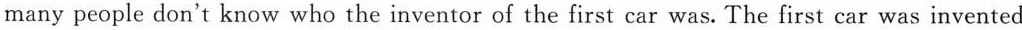
many people don't know who the inventor of the first car was. The first car was invented